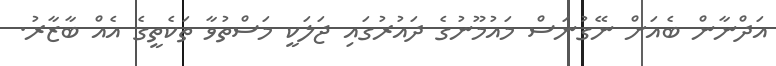
އަދްނާން ބެއަށް ނޭގުނަސް މައުމޫނުގެ ދައުރުގައި ޖަލަކީ މަސްތުވާ ތަކެތީގެ އެއް ބާޒާރު.